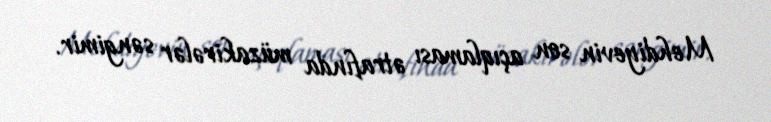
Mehdiyevin son açıqlaması ətrafında müzakirələr səngimir.